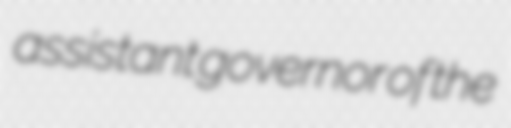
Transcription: assistant governor of the